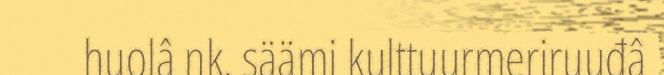
huolâ nk. säämi kulttuurmeriruuđâ